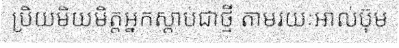
ប្រិយមិយមិត្តអ្នកស្តាប់ជាថ្មី តាមរយៈអាល់ប៊ុម